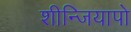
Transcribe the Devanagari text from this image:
शीन्जियापो